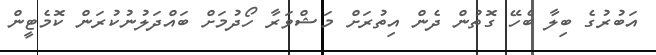
އަބުރުގެ ބިލާ ބެހޭ ގޮތުން ދެން އިތުރަށް މަޝްވަރާ ހޯދުމަށް ބައްދަލުނުކުރަން ކޮމެޓީން